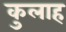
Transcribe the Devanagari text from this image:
कुलाह